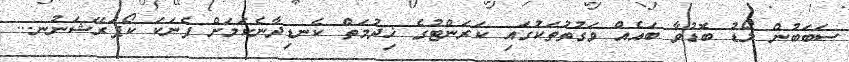
ސަބަބުން ލޯޑު ބޮޑުވާ ބައެއް ވަގުތުތަކުގައި ކަރަންޓުގެ ޚިދުމަތް ކެނޑިދާނެކަމަށް ފެނަކަ ކޯޕަރޭޝަނުނ...